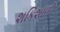
શકિશાળી